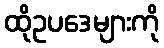
ထိုဥပဒေများကို